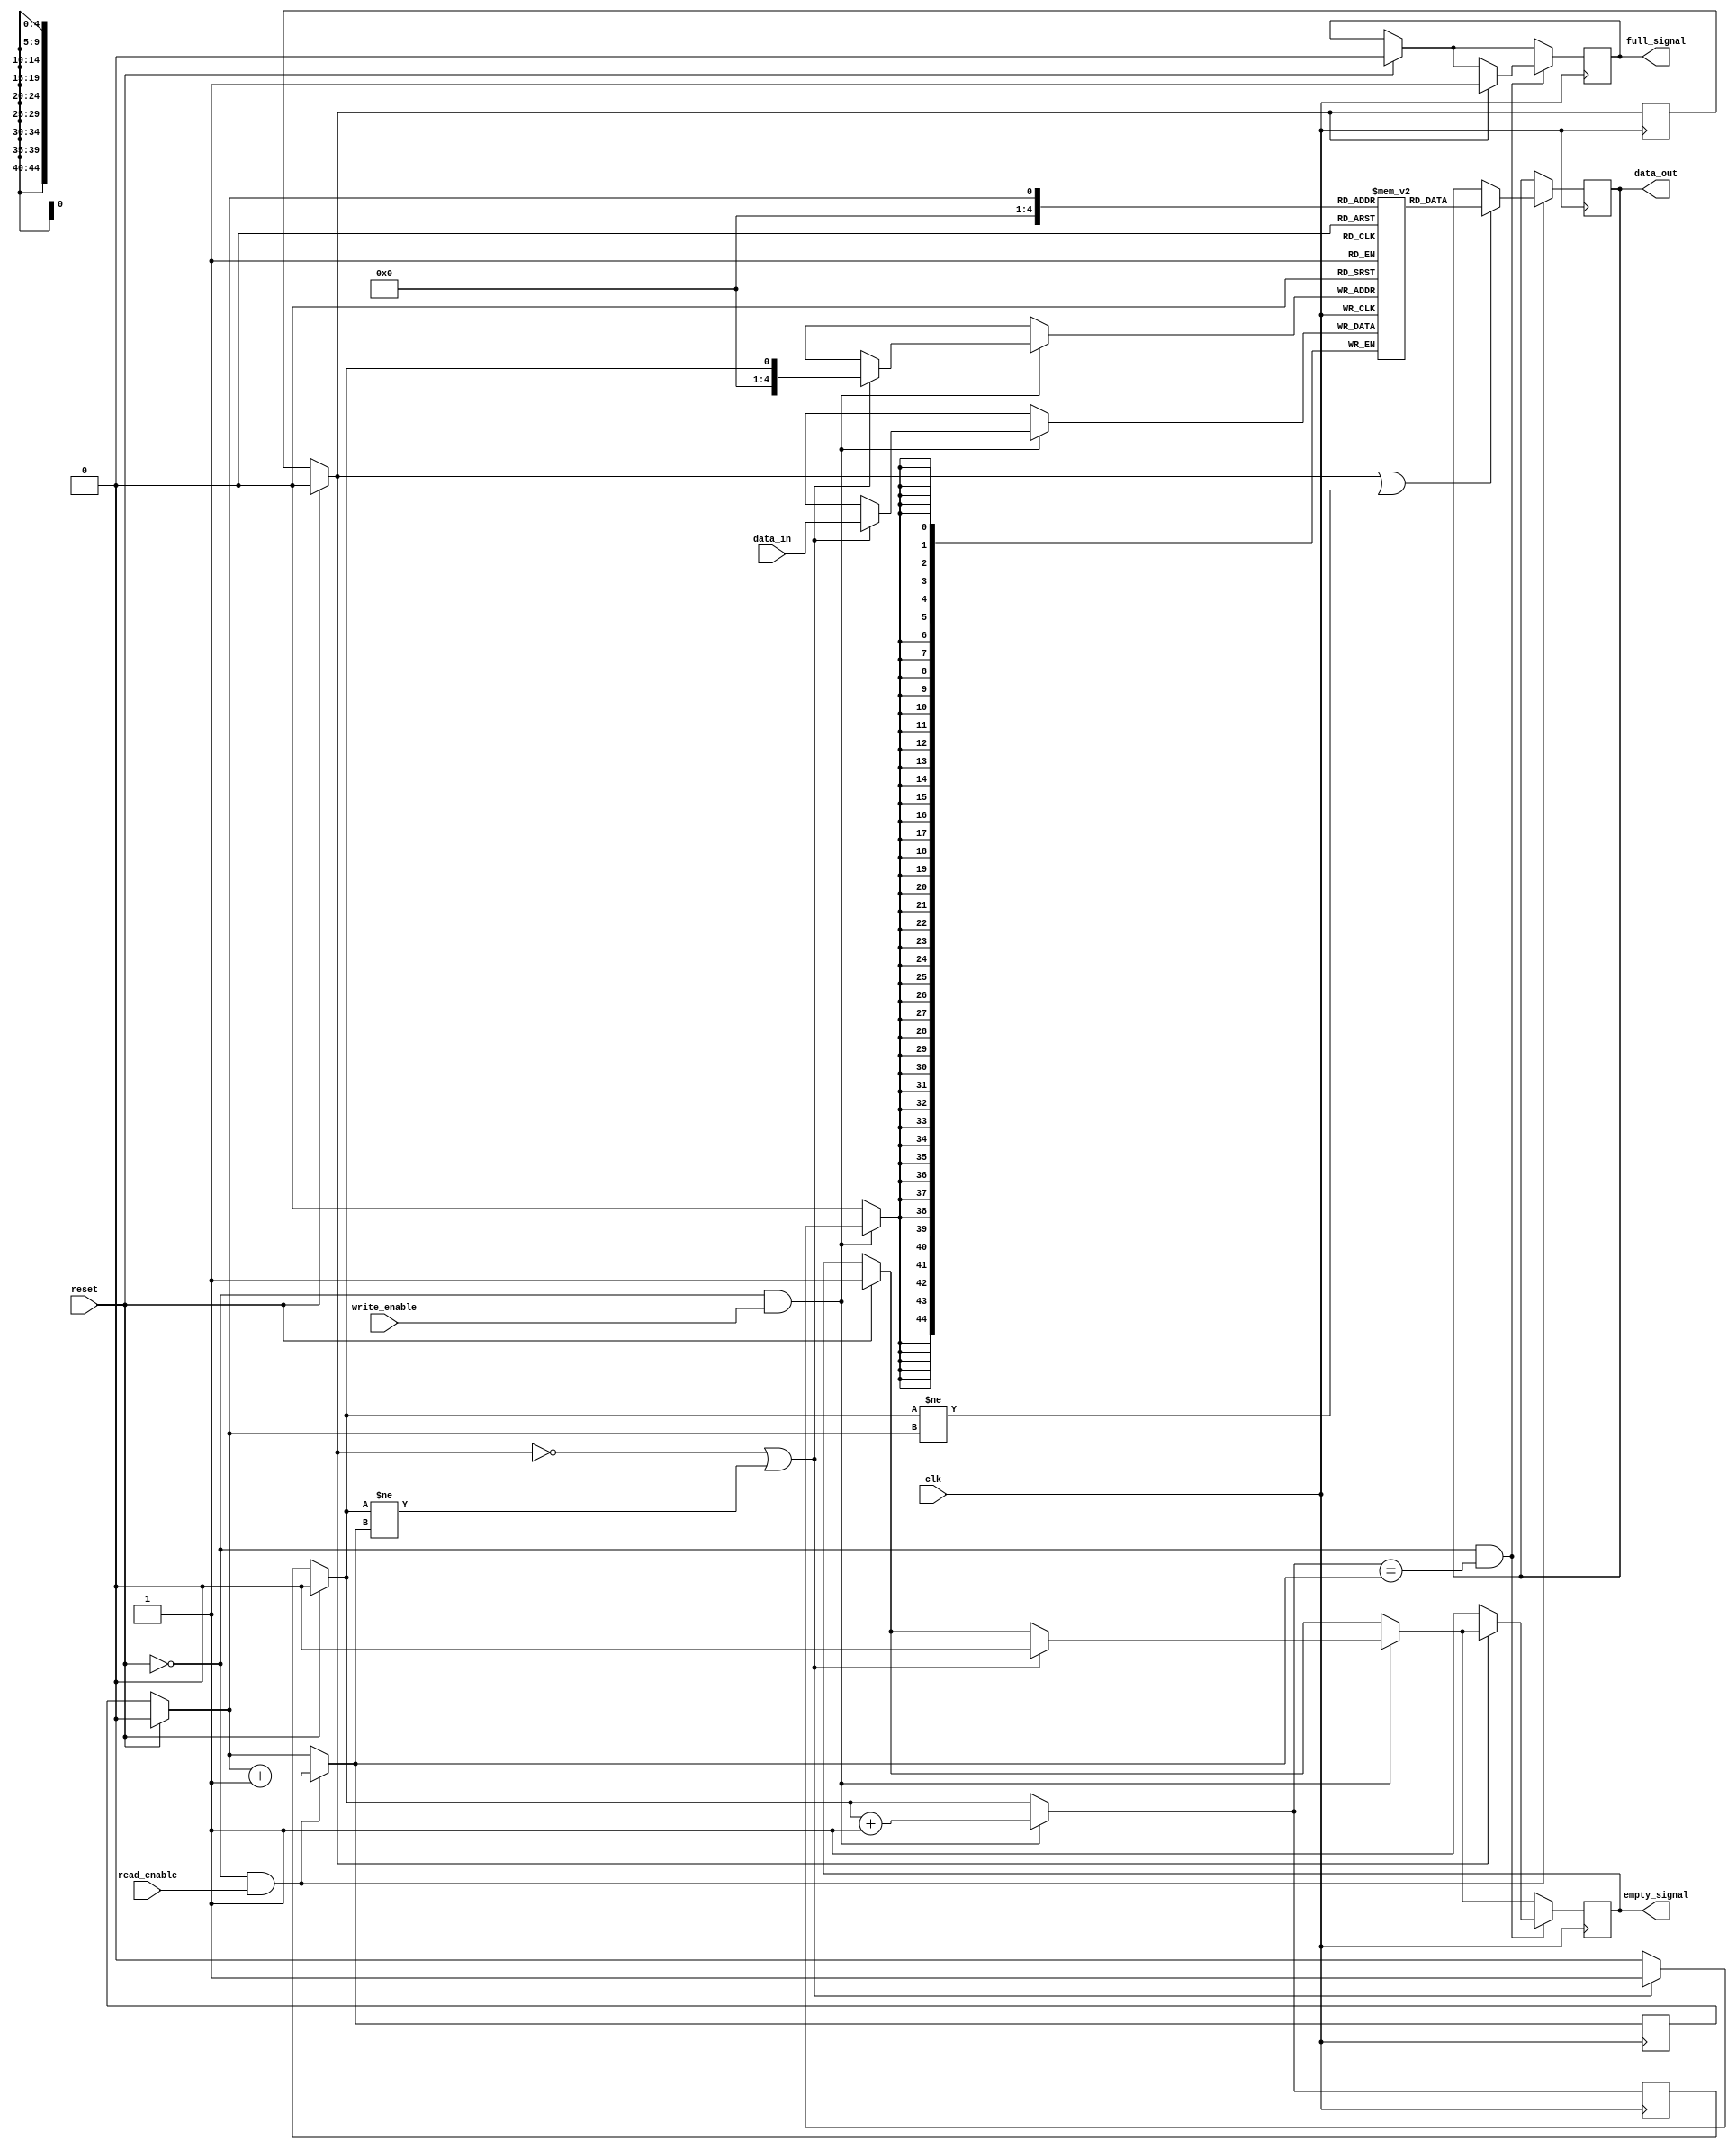
module fifor(clk,reset,write_enable,read_enable,data_in,data_out,empty_signal,full_signal);

parameter word_size = 45;
parameter fifo_size = 20;
input clk,reset;
input write_enable,read_enable;
input [word_size-1:0] data_in;
output [word_size-1:0] data_out;
output empty_signal;
output full_signal;
reg [word_size-1:0] data_out;
reg looped;      //bool variable 0-false 1-true
reg [word_size-1:0] memory[fifo_size:0];
reg head,tail;
reg empty_signal;
reg full_signal;

always @(posedge clk)
		begin
			if(reset==1)
				begin
					head = 0;
					tail = 0;
					looped = 0;
					full_signal = 0;
					empty_signal = 1;
				end
			if(reset!=1&&read_enable==1)
				begin
					if((looped==1)||(head!=tail))
						begin	
							data_out = memory[tail];
						end
					if(tail==fifo_size)
						begin
							tail = 0;
							looped = 0;
						end
					else
						begin
							tail = tail + 1;
						end
				end
			if(reset!=1&&write_enable==1)
				begin
					if((looped==0)||(head!=tail))
						begin
							empty_signal = 0;
							memory[head] = data_in;
						end
					if(head==fifo_size)
						begin
							head = 0;
							looped = 1;
						end
					else 
						begin
							head = head + 1;
						end
				end
			if(reset!=1&&head==tail)
				begin
					if(looped==1)
						begin
							full_signal = 1;
						end
					else
						begin
							empty_signal = 1;
						end
				end
		end

endmodule